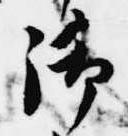
御